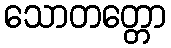
သောတတ္တော